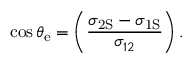
\cos \theta _ { \mathrm { { e } } } = \left( \frac { \sigma _ { \mathrm { { 2 S } } } - \sigma _ { \mathrm { { 1 S } } } } { \sigma _ { 1 2 } } \right) .